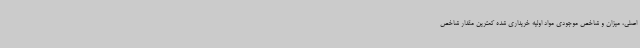
اصلی، میزان و شاخص موجودی مواد اولیه خریداری ‌شده کمترین مقدار شاخص